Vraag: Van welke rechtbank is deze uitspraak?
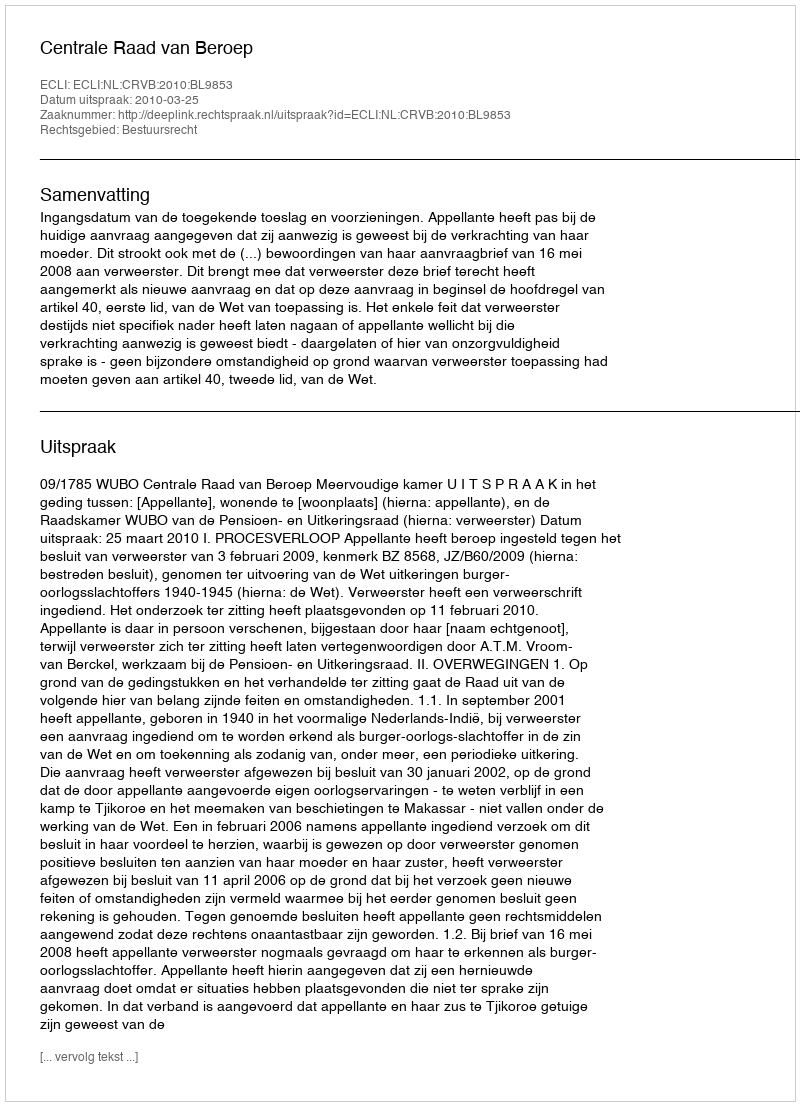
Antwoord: Centrale Raad van Beroep